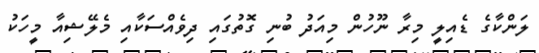
ލަންކާގެ ޑެއިލީ މިރާ ނޫހުން މިއަދު ބުނި ގޮތުގައި ދިވެއްސަކާއި މެލޭޝިއާ މީހަކު